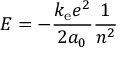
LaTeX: E = - { \frac { k _ { \mathrm { e } } e ^ { 2 } } { 2 a _ { 0 } } } { \frac { 1 } { n ^ { 2 } } }